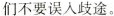
们不要误入歧途。